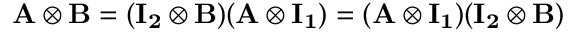
\mathbf { A } \otimes \mathbf { B } = ( \mathbf { I _ { 2 } } \otimes \mathbf { B } ) ( \mathbf { A } \otimes \mathbf { I _ { 1 } } ) = ( \mathbf { A } \otimes \mathbf { I _ { 1 } } ) ( \mathbf { I _ { 2 } } \otimes \mathbf { B } )